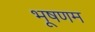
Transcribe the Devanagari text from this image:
भूषणम